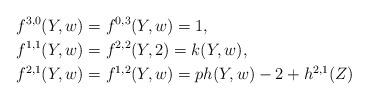
LaTeX: \begin{align*}f^{3,0}(Y,w) & = f^{0,3}(Y,w) = 1,\\ f^{1,1}(Y,w) &= f^{2,2}(Y,2) = k(Y,w),\\ f^{2,1}(Y,w) &= f^{1,2}(Y,w) = ph(Y,w) - 2 + h^{2,1}(Z)\end{align*}